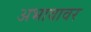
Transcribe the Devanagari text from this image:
अभावावर